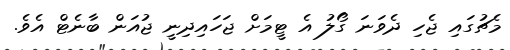
މެޗުގައި ޖެހި ދެވަނަ ގޯލު އެ ޓީމަށް ޖަހައިދިނީ ޖުއަން ބާނެޓް އެވެ.